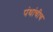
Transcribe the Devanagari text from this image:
पंथांचीच